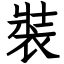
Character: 裝